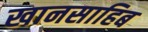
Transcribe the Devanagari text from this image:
खानसाहिब